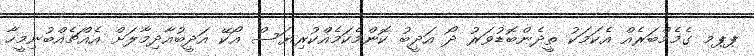
ޕޕމ ގެމެމްބަރެއް އެކަމަކު ތީދެންބޮޑުވަރު ދޯ އަދީބު ކޮންމެކަމެއްކުރިޔަސް އޯކޭ އަދީބުއާދިމާލަށް އެއްޗެއްބުނިމީހާ